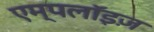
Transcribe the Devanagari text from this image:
एम्पलॉइज़